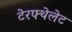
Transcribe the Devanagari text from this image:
टेरफ्थेलेट